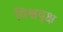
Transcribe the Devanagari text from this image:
विश्ववृक्ष